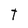
Character: T